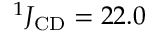
^ 1 J _ { \mathrm { C D } } = 2 2 . 0